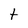
Character: t